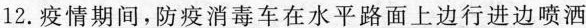
12. 疫情期间，防疫消毒车在水平路面上边行进边喷洒